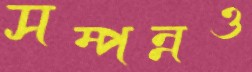
সম্পন্নও